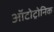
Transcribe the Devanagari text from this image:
ऑटोट्रोनिक